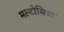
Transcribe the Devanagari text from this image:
मल्टोसिडा